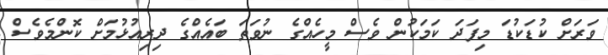
ވަރަށް ކުޑަކުޑަ މިފަދަ ކަމަކުން ވެސް މީހެއްގެ ނުވަތަ ބައެއްގެ ދިރިއުޅުމަށް ކޮންމެވެސް